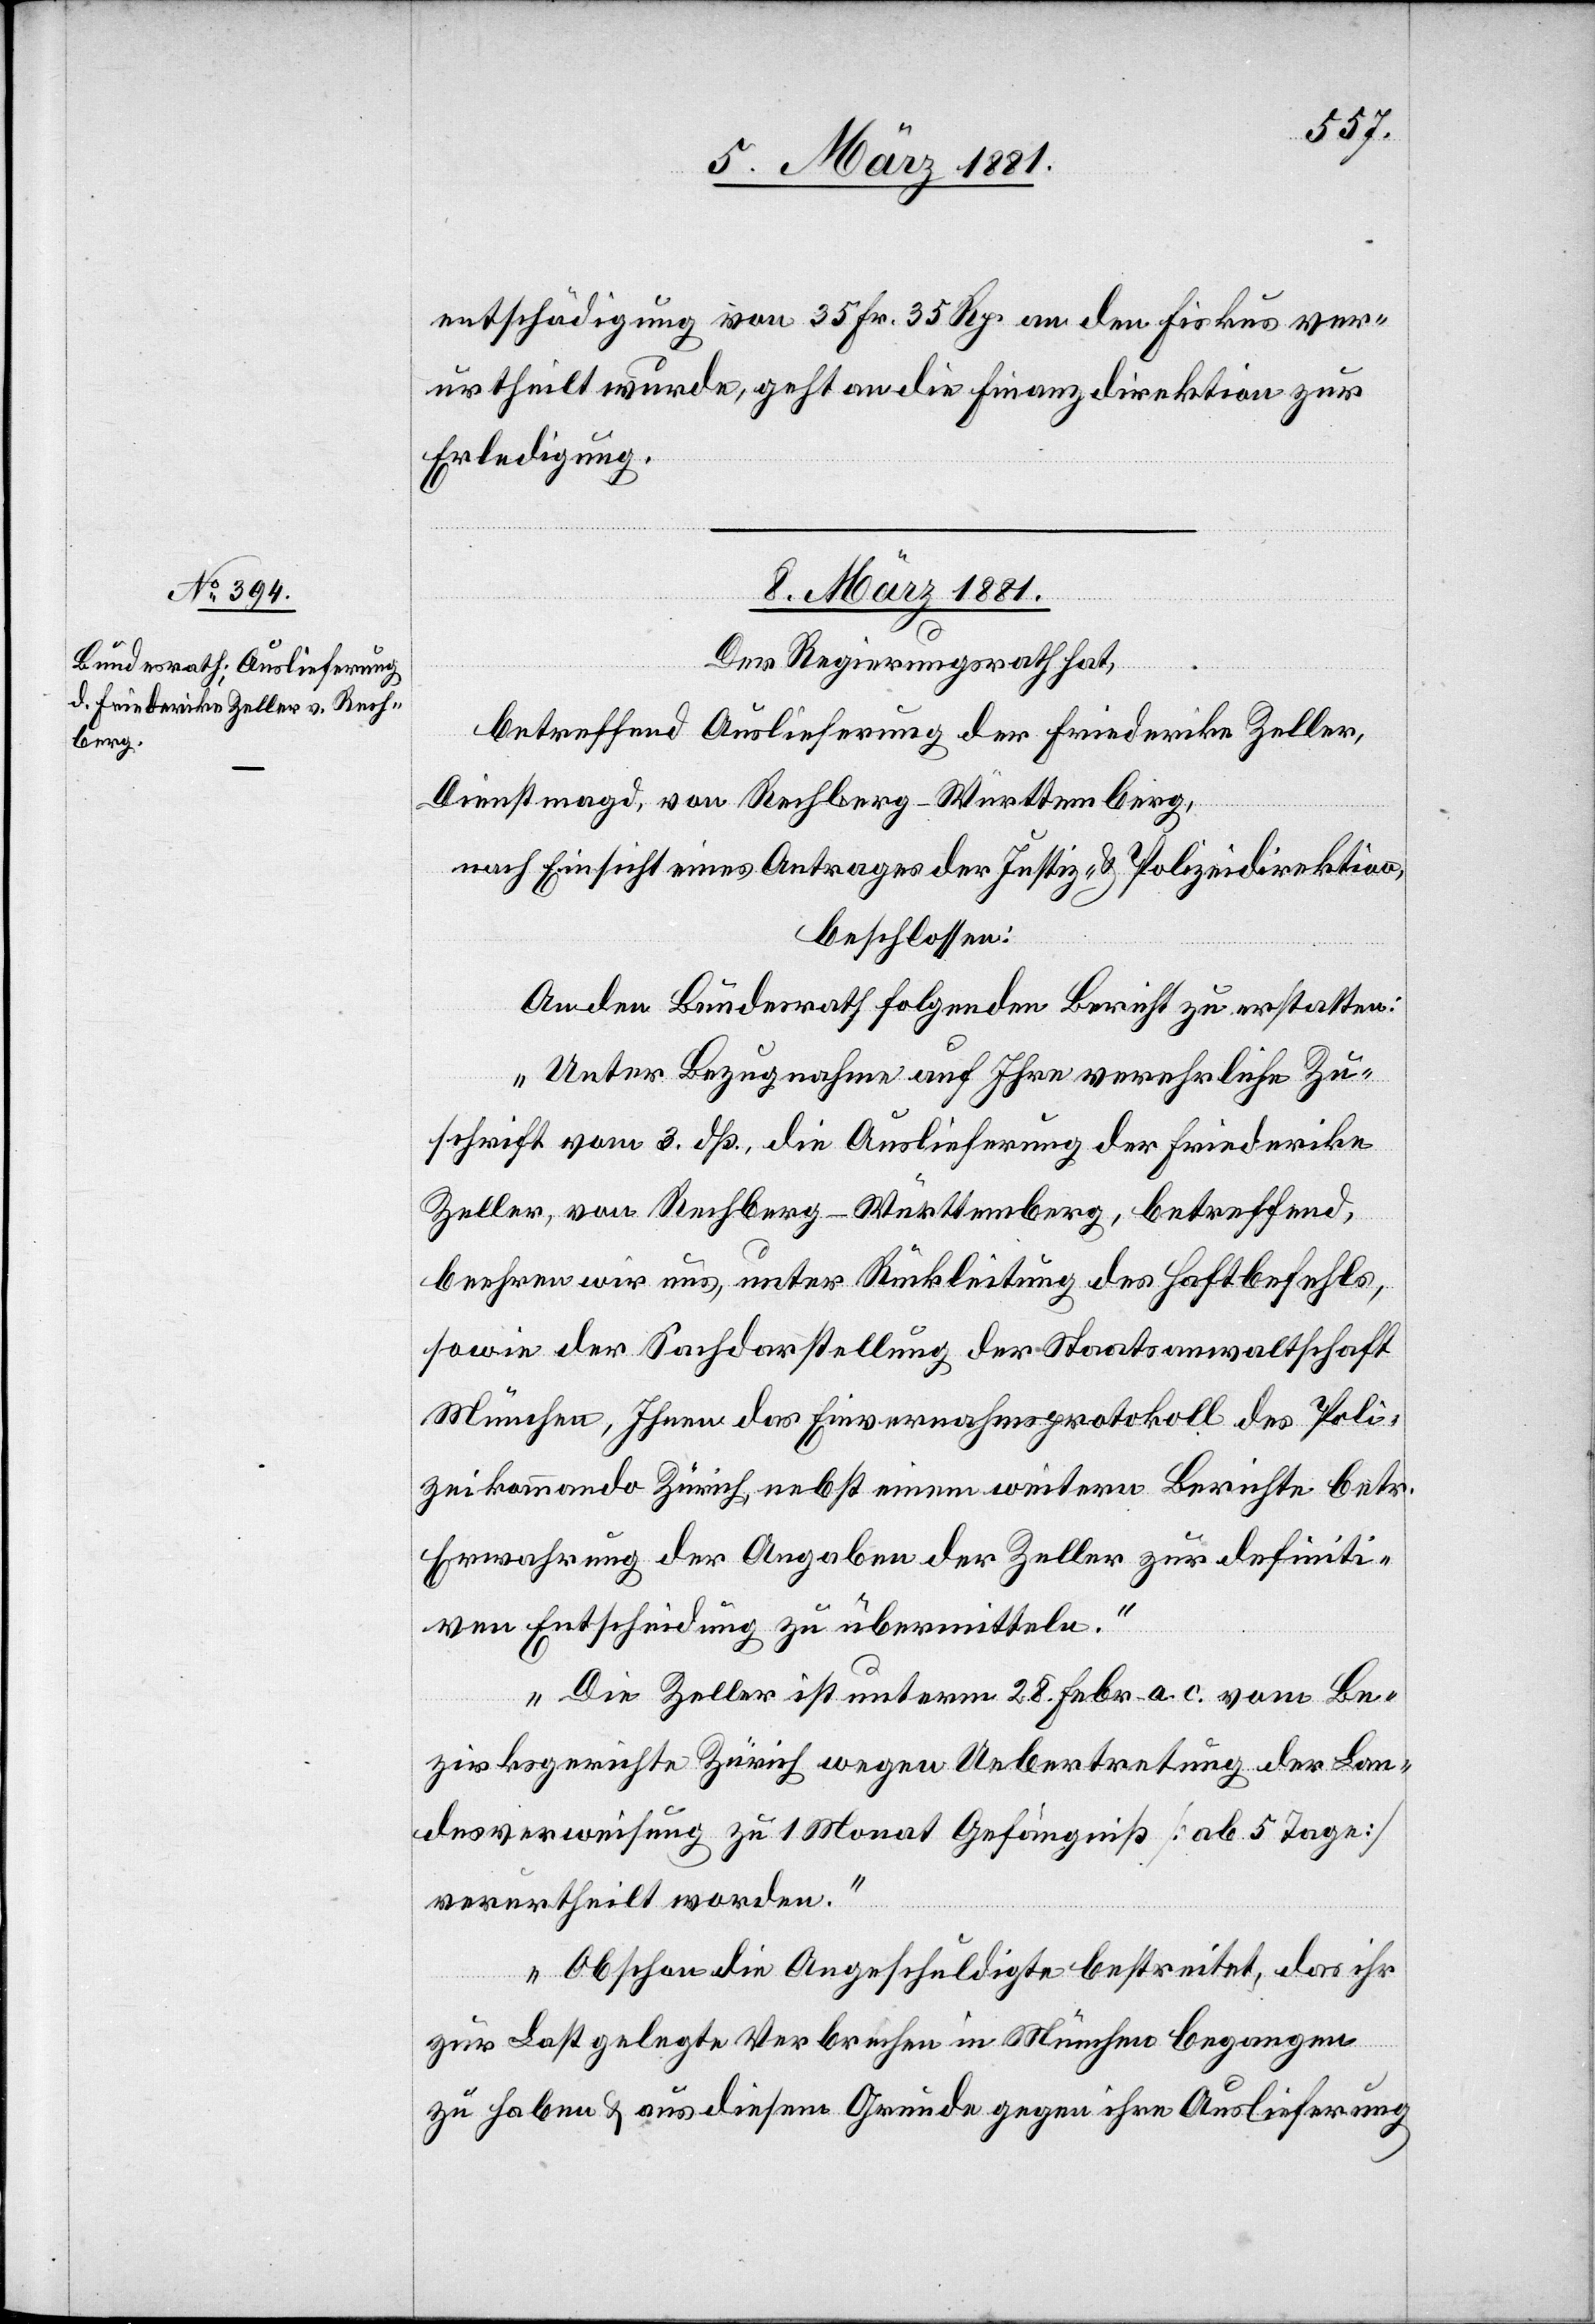
entschädigung von 35 Fr. 35 Rp. an den Fiskus ver¬
urtheilt wurde, geht an die Finanzdirektion zur
Erledigung.
8. März 1881.
Der Regierungsrath hat,
betreffend Auslieferung der Friederike Zeller,
Dienstmagd, von Rechberg - Württemberg,
nach Einsicht eines Antrages der Justiz- & Polizeidirektion,
beschlossen:
An den Bundesrath folgenden Bericht zu erstatten:
„Unter Bezugnahme auf Ihre verehrliche Zu¬
schrift vom 3. dß. die Auslieferung der Friederike
Zeller, von Rechberg - Württemberg, betreffend,
beehren wir uns, unter Rückleistung des Haftbefehls,
sowie der Sachdarstellung der Staatsanwaltschaft
München, Ihnen das Einvernahmsprotokoll des Poli¬
zeikommando Zürich, nebst einem weitern Berichte betr.
Erwahrung der Angaben der Zeller zur definiti¬
ven Entscheidung zu übermitteln.
Die Zeller ist unterm 28. Febr. a. c. vom Be¬
zirksgerichte Zürich wegen Uebertretung der Lan¬
desverweisung zu 1 Monat Gefängniß [ab 5 Tage]
verurtheilt worden.
Obschon die Angeschuldigte bestreitet, das ihr
zur Last gelegte Verbrechen in München begangen
zu haben & aus diesem Grunde gegen ihre Auslieferung